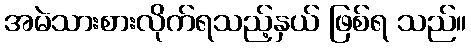
အမဲသားစားလိုက်ရသည့်နှယ် ဖြစ်ရ သည်။